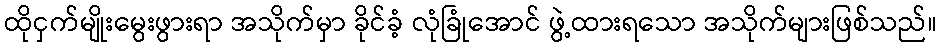
ထိုငှက်မျိုးမွေးဖွားရာ အသိုက်မှာ ခိုင်ခံ့ လုံခြုံအောင် ဖွဲ့ထားရသော အသိုက်များဖြစ်သည်။